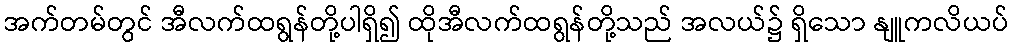
အက်တမ်တွင် အီလက်ထရွန်တို့ပါရှိ၍ ထိုအီလက်ထရွန်တို့သည် အလယ်၌ ရှိသော နျူကလိယပ်